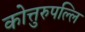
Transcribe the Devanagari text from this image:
कोत्तुरुपल्लि